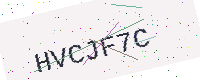
Text: HVCJF7C